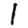
Digit: 1